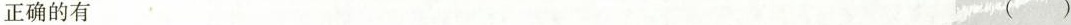
正确的有 ( )